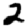
Digit: 2